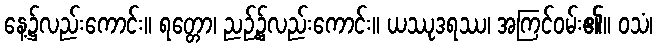
နေ့၌လည်းကောင်း။ ရတ္တော၊ ညဉ့်၌လည်းကောင်း။ ယဿုဒရဿ၊ အကြင်ဝမ်း၏။ ဝသံ၊